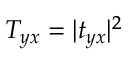
T _ { y x } = | t _ { y x } | ^ { 2 }